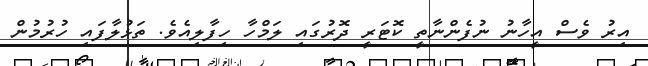
އިރު ވެސް އީހާނު ނުފެންނާތީ ކޮޓަރީ ދޮރުގައި ލަމްހާ ހިފާލިއެވެ. ތަޅުލާފައި ހުރުމުން